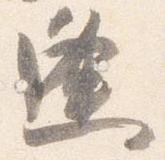
逢